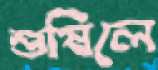
শুষিলে